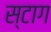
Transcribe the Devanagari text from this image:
स्टाग